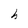
Character: h